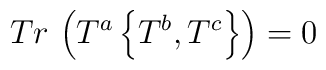
Tr\,\left( T^{a}\left\{ T^{b},T^{c}\right\} \right) =0